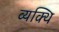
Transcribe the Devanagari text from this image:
व्यक्थि